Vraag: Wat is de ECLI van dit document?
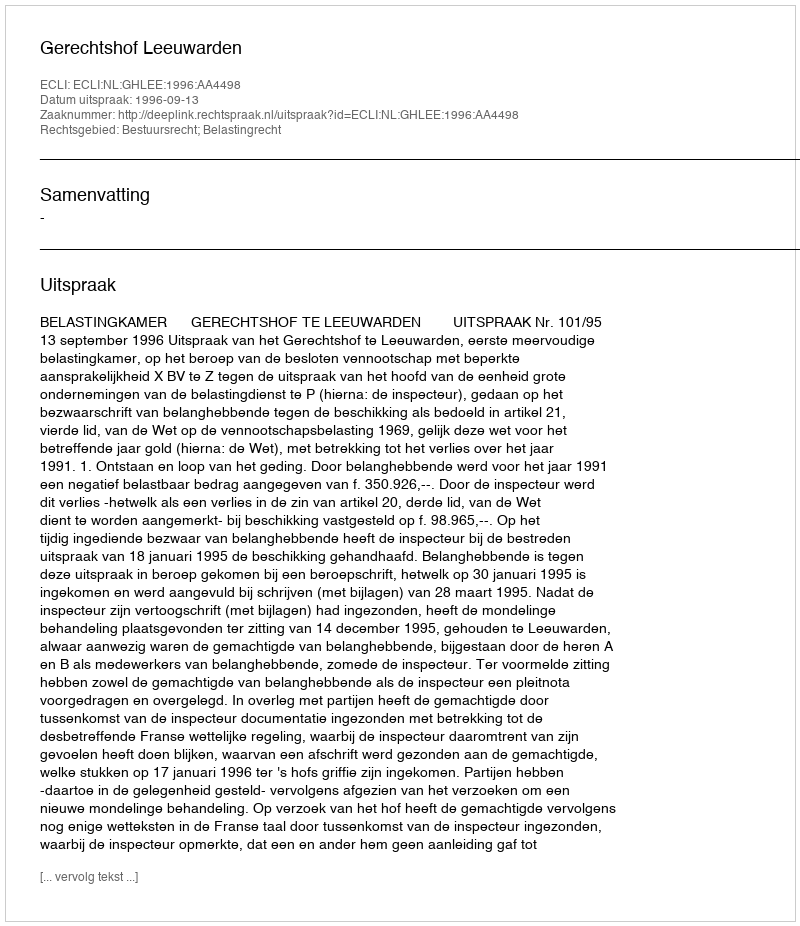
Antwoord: ECLI:NL:GHLEE:1996:AA4498